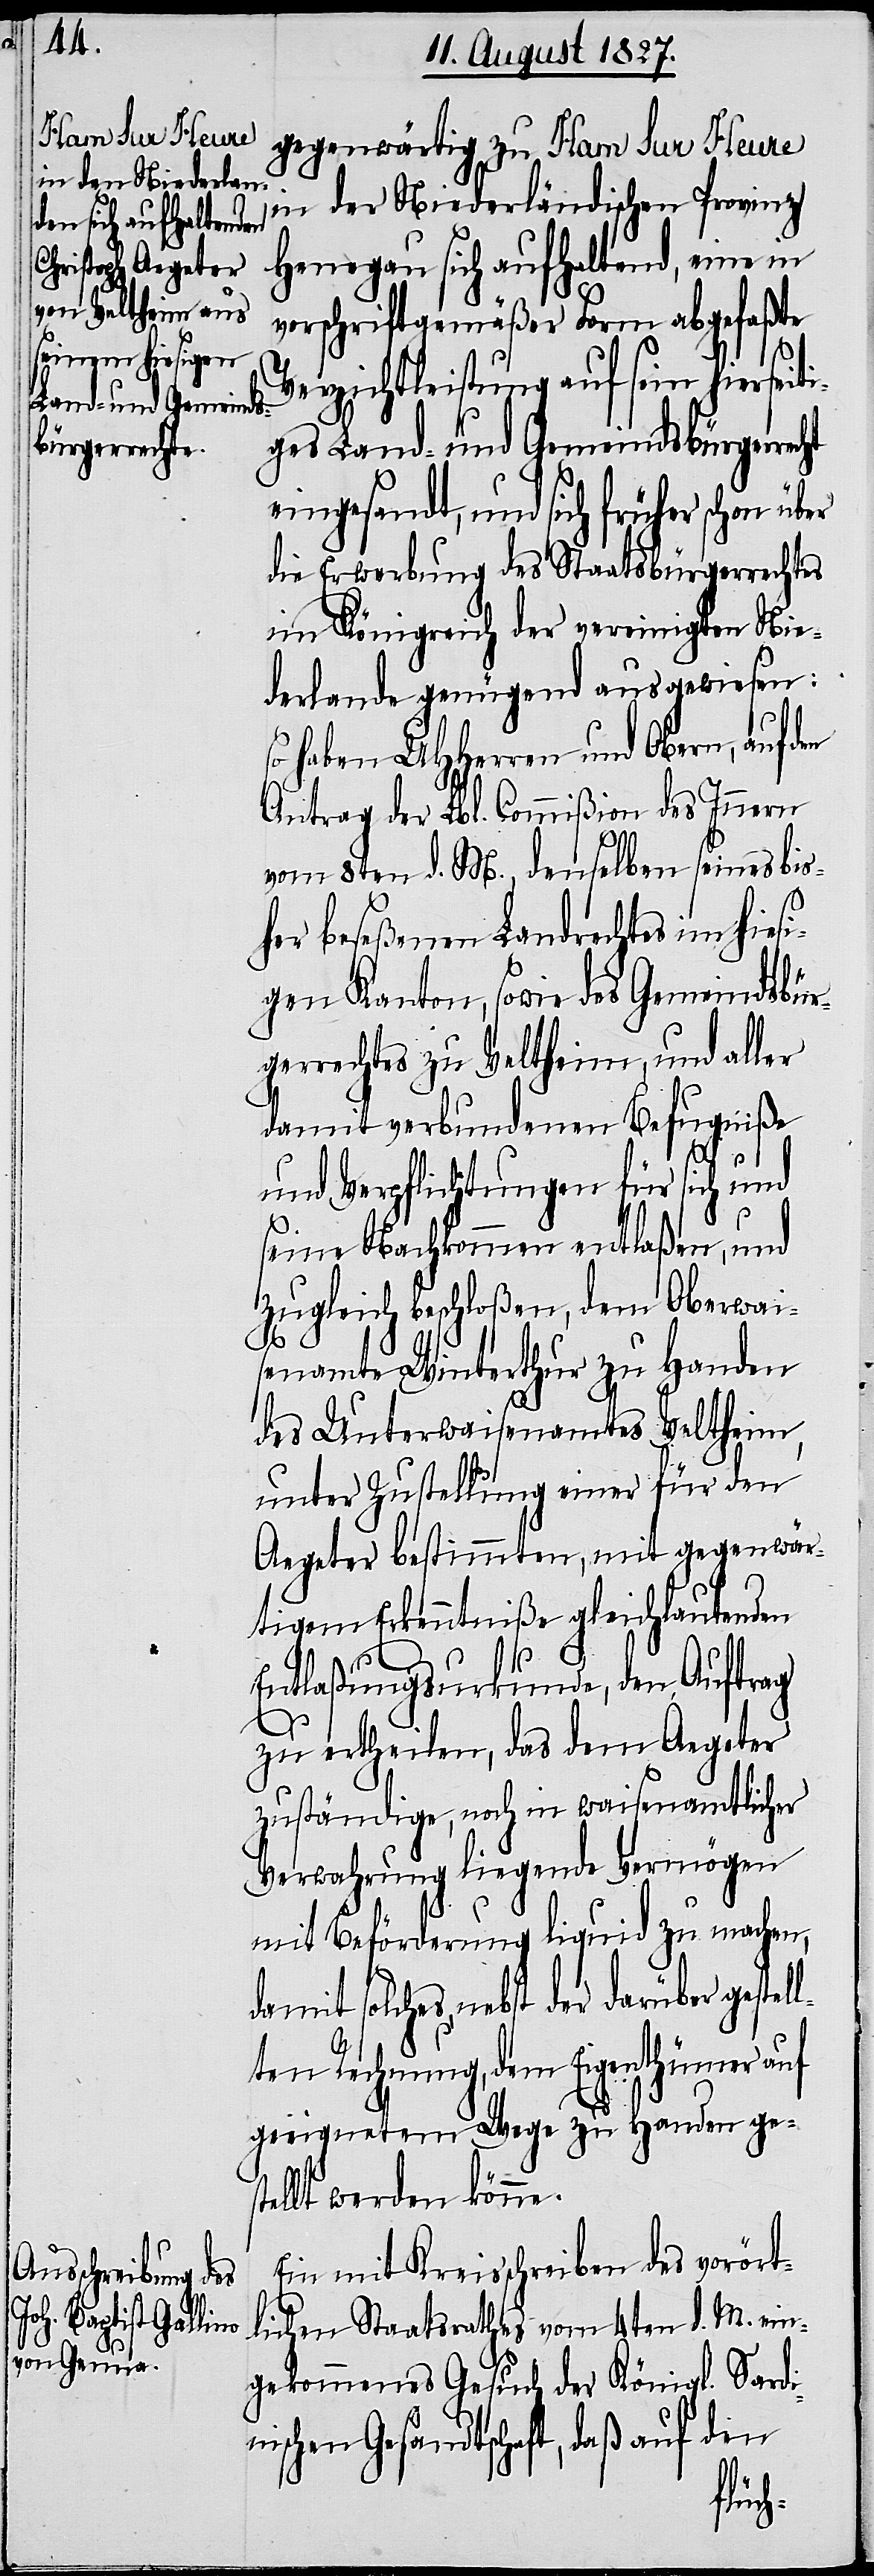
gegenwärtig zu Ham Sur Heure
in der Niederländischen Provinz
Henegau sich aufhaltend, eine in
cht
vorschriftgemäßer Form abgefaßte
Verzichtleistung auf sein hierseit¬
iges Land- und Gemeindsbürgerre¬
eingesandt, und sich früher schon über
die Erwerbung des Staatsbürgerrechtes
im Königreich der vereinigten Nie¬
derlande genügend ausgewiesen:
Es haben UHHerren und Obern, auf den
Antrag der Lbl. Commißion des Innern
vom 8ten d. M., denselben seines bis¬
her beseßenen Landrechtes im hies¬
igen Kanton, sowie des Gemeindsbür¬
gerrechtes zu Veltheim, und aller
damit verbundenen Befugniße
und Verpflichtungen für sich und
seine Nachkommen entlaßen, und
zugleich beschloßen, dem Oberwai¬
senamte Winterthur zu Handen
des Unterwaisenamtes Veltheim,
unter Zustellung einer für den
Aegeter bestimmten, mit gegenwär¬
tigem Erkenntniße gleichlautenden
Entlaßungsurkunde, den Auftrag
zu ertheilen, das dem Aegeter
zuständige, noch in waisenamtlicher
Verwahrung liegende Vermögen
mit Beförderung liquid zu machen,
solches, nebst der darüber gestel¬
lten Rechnung, dem Eigenthümer auf
geeignetem Wege zu Handen ges¬
tellt werden könne.
Ein mit Kreisschreiben des vorört¬
lichen Staatsrathes vom 4ten d. M. ein¬
gekommenes Gesuch der Königl. Sardi¬
nischen Gesandtschaft, daß auf den